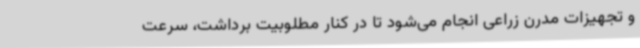
و تجهیزات مدرن زراعی انجام می‌شود تا در کنار مطلوبیت برداشت، سرعت